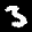
Label: 3